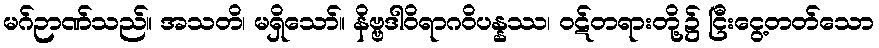
မဂ်ဉာဏ်သည်။ အသတိ၊ မရှိသော်။ နိဗ္ဗဒါဝိရာဂဝိပန္နဿ၊ ဝဋ်တရားတို့၌ ငြီးငွေ့တတ်သော